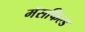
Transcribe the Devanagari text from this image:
मॅसफिल्ड